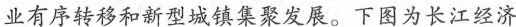
业有序转移和新型城镇集聚发展。下图为长江经济